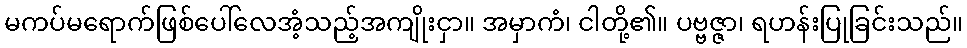
မကပ်မရောက်ဖြစ်ပေါ်လေအံ့သည့်အကျိုးငှာ။ အမှာကံ၊ ငါတို့၏။ ပဗ္ဗဇ္ဇာ၊ ရဟန်းပြုခြင်းသည်။